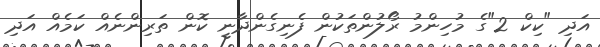
އަދި "ކިކް 2"ގެ މުހިންމު ރޯލުންތަކުން ފެނިގެންދާނީ ކޮން ތަރިންނެއް ކަމެއް އަދި